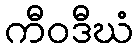
ကီဝဒီဃံ